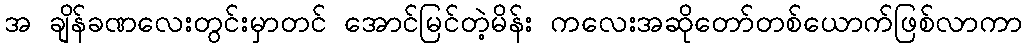
အ ချိန်ခဏလေးတွင်းမှာတင် အောင်မြင်တဲ့မိန်း ကလေးအဆိုတော်တစ်ယောက်ဖြစ်လာကာ